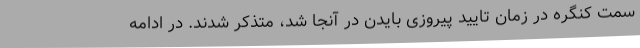
سمت کنگره در زمان تایید پیروزی بایدن در آنجا شد، متذکر شدند. در ادامه